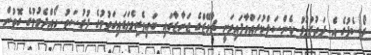
ރޯސެފުގެ އެ ދަތުރުފުޅު ކެންސަލްކުރައްވާފައިވަނީ ޗާވޭޒްގެ ޖަނާޒާގައި ބައިވެރިވެވަޑައިގަތުމުގެ ފުރުސަތު ހޯއްދެވުމުގެ ގޮތުން